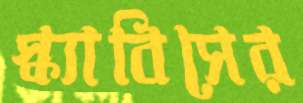
স্ক্যাবিসের